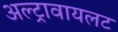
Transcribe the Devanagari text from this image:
अल्ट्रावायलट